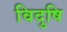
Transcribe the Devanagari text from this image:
विदुषि